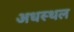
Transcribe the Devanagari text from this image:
अधस्थल